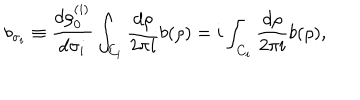
LaTeX: b _ { \sigma _ { i } } \equiv { \frac { d \rho _ { 0 } ^ { ( i ) } } { d \sigma _ { i } } } \int _ { C _ { i } } { \frac { d \rho } { 2 \pi i } } b ( \rho ) = i \int _ { C _ { i } } { \frac { d \rho } { 2 \pi i } } b ( \rho ) ,